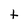
Character: t